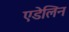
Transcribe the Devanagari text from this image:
एडेलिन